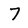
Character: 7